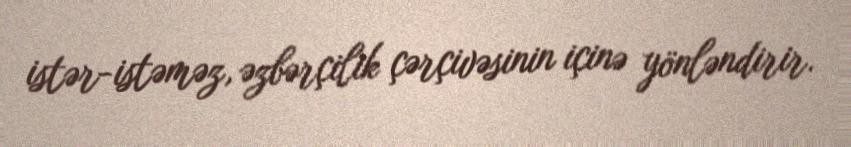
istər-istəməz, əzbərçilik çərçivəsinin içinə yönləndirir.